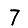
Digit: 7